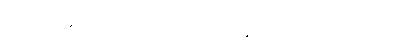
မထိုင်တို့ဆောင်ထသော။ ပရမသုရဘိဝန္ဓာတုသုမသမသလင်္ကတော၊